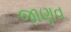
જાણવ